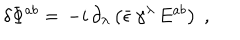
\delta \Phi ^ { a b } = \, - i \, \partial _ { \lambda } \left( \bar { \epsilon } \, \gamma ^ { \lambda } \, E ^ { a b } \right) \; ,